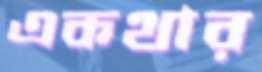
একথার